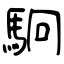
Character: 駉